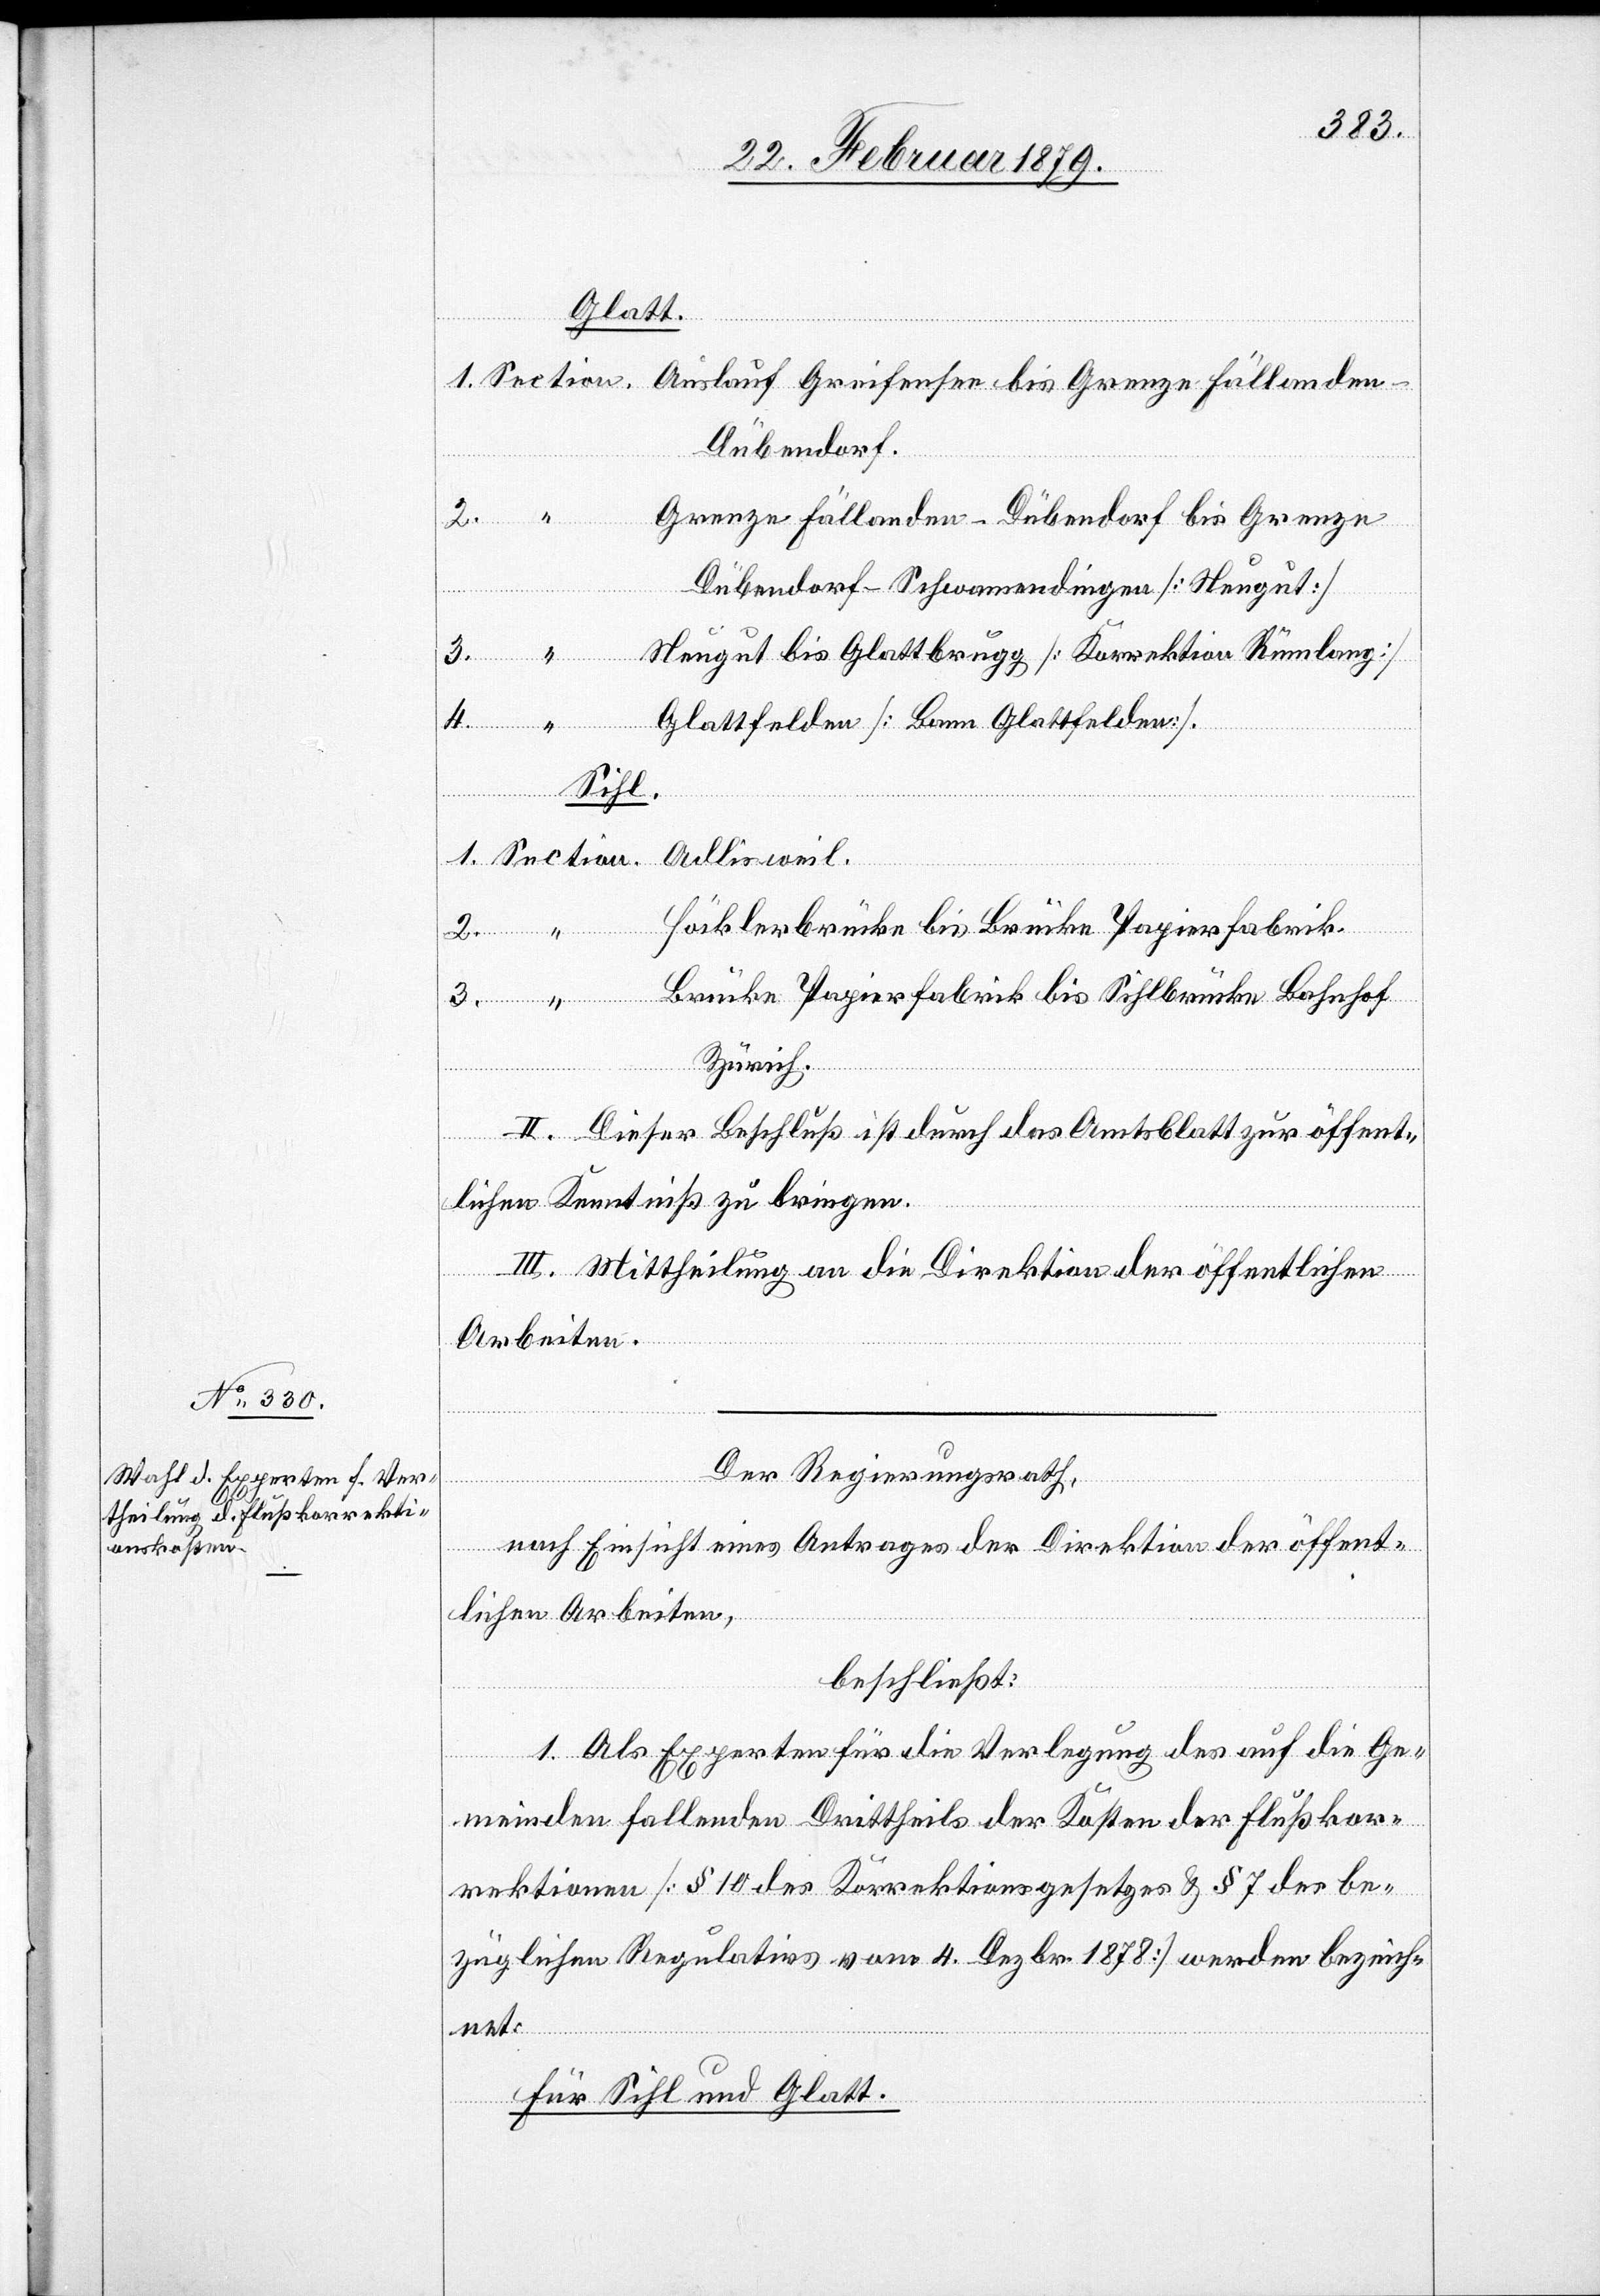
Glatt.
übendorf.
Grenze Fällanden-Dübendorf bis Grenze
Dübendorf-Schwamendingen [Neugut]
3.
Neugut bis Glattbrugg [Korrektion Rümlang]
3.
Glattfelden [Bann Glattfelden].
Sihl.
Adlisweil.
Höcklerbrücke bis Brücke Papierfabrik.
Brücke Papierfabrik bis Sihlbrücke Bahnhof
Zürich.
II. Dieser Beschluß ist durch das Amtsblatt zur öffent¬
lichen Kenntniß zu bringen.
III. Mittheilung an die Direktion der öffentlichen
Arbeiten.
Der Regierungsrath,
nach Einsicht eines Antrages der Direktion der öffent¬
lichen Arbeiten,
beschließt:
1. Als Experten für die Verlegung des auf die Ge¬
meinden fallenden Drittheils der Kosten der Flußkor¬
rektionen [§ 10 des Korrektionsgesetzes & § 7 des be¬
züglichen Regulativs vom 4. Dezbr. 1878] wurden bezeich¬
net:
Für Sihl und Glatt.